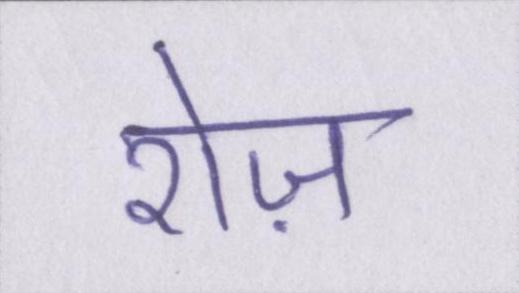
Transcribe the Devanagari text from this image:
रोज़